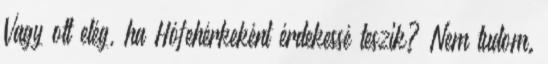
Vagy ott elég, ha Hófehérkeként érdekessé teszik? Nem tudom.